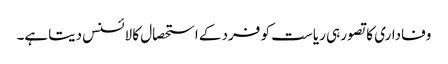
وفاداری کا تصور ہی ریاست کو فرد کے استحصال کا لائسنس دیتاہے۔